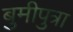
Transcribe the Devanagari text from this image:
बुमीपुत्रा